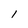
Character: I